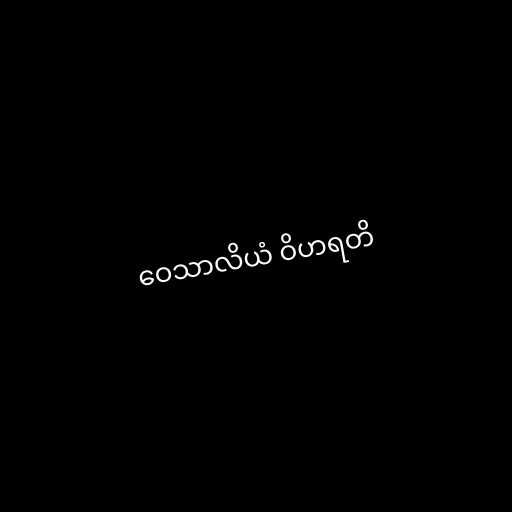
ဝေသာလိယံ ဝိဟရတိ